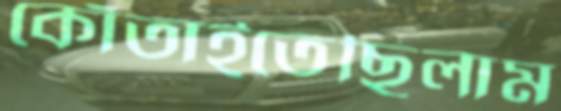
কোঁতাইতেছিলাম